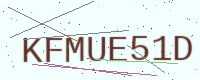
Text: KFMUE51D